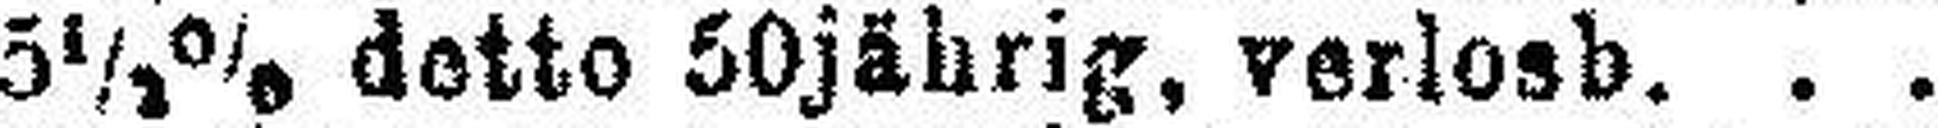
5½% detto 50jährig, verlosb.